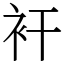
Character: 衦